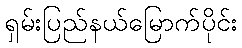
ရှမ်းပြည်နယ်မြောက်ပိုင်း